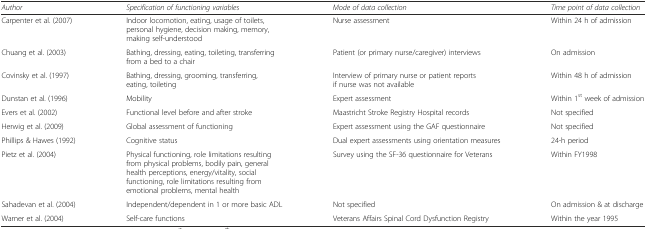
<table><thead><tr><td><b><i>Author</i></b></td><td><b><i>Specification of functioning variables</i></b></td><td><b><i>Mode of data collection</i></b></td><td><b><i>Time point of data collection</i></b></td></tr></thead><tbody><tr><td>Carpenter et al. (2007)</td><td>Indoor locomotion, eating, usage of toilets, personal hygiene, decision making, memory, making self-understood</td><td>Nurse assessment</td><td>Within 24 h of admission</td></tr><tr><td>Chuang et al. (2003)</td><td>Bathing, dressing, eating, toileting, transferring from a bed to a chair</td><td>Patient (or primary nurse/caregiver) interviews</td><td>On admission</td></tr><tr><td>Covinsky et al. (1997)</td><td>Bathing, dressing, grooming, transferring, eating, toileting</td><td>Interview of primary nurse or patient reports if nurse was not available</td><td>Within 48 h of admission</td></tr><tr><td>Dunstan et al. (1996)</td><td>Mobility</td><td>Expert assessment</td><td>Within 1<sup>st</sup> week of admission</td></tr><tr><td>Evers et al. (2002)</td><td>Functional level before and after stroke</td><td>Maastricht Stroke Registry Hospital records</td><td>Not specified</td></tr><tr><td>Herwig et al. (2009)</td><td>Global assessment of functioning</td><td>Expert assessment using the GAF questionnaire</td><td>Not specified</td></tr><tr><td>Phillips &amp; Hawes (1992)</td><td>Cognitive status</td><td>Dual expert assessments using orientation measures</td><td>24-h period</td></tr><tr><td>Pietz et al. (2004)</td><td>Physical functioning, role limitations resulting from physical problems, bodily pain, general health perceptions, energy/vitality, social functioning, role limitations resulting from emotional problems, mental health</td><td>Survey using the SF-36 questionnaire for Veterans</td><td>Within FY1998</td></tr><tr><td>Sahadevan et al. (2004)</td><td>Independent/dependent in 1 or more basic ADL</td><td>Not specified</td><td>On admission &amp; at discharge</td></tr><tr><td>Warner et al. (2004)</td><td>Self-care functions</td><td>Veterans Affairs Spinal Cord Dysfunction Registry</td><td>Within the year 1995</td></tr></tbody></table>